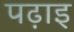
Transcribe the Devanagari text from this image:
पढ़ाइ